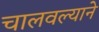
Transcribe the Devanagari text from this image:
चालवल्याने